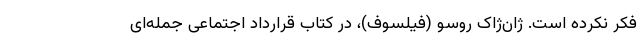
فکر نکرده است. ژان‌ژاک روسو (فیلسوف)، در کتاب قرارداد اجتماعی جمله‌ای